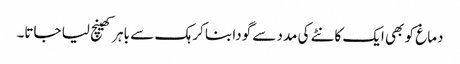
دماغ کو بھی ایک کانٹے کی مدد سے گودا بنا کر ہک سے باہر کھینچ لیا جاتا۔